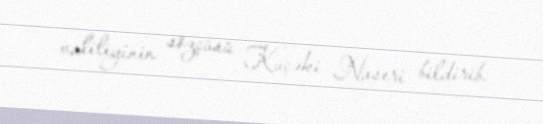
valiliyinin sözçüsü Kuçəki Naseri bildirib.